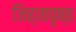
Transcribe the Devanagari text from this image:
जिह्वापृष्ठ